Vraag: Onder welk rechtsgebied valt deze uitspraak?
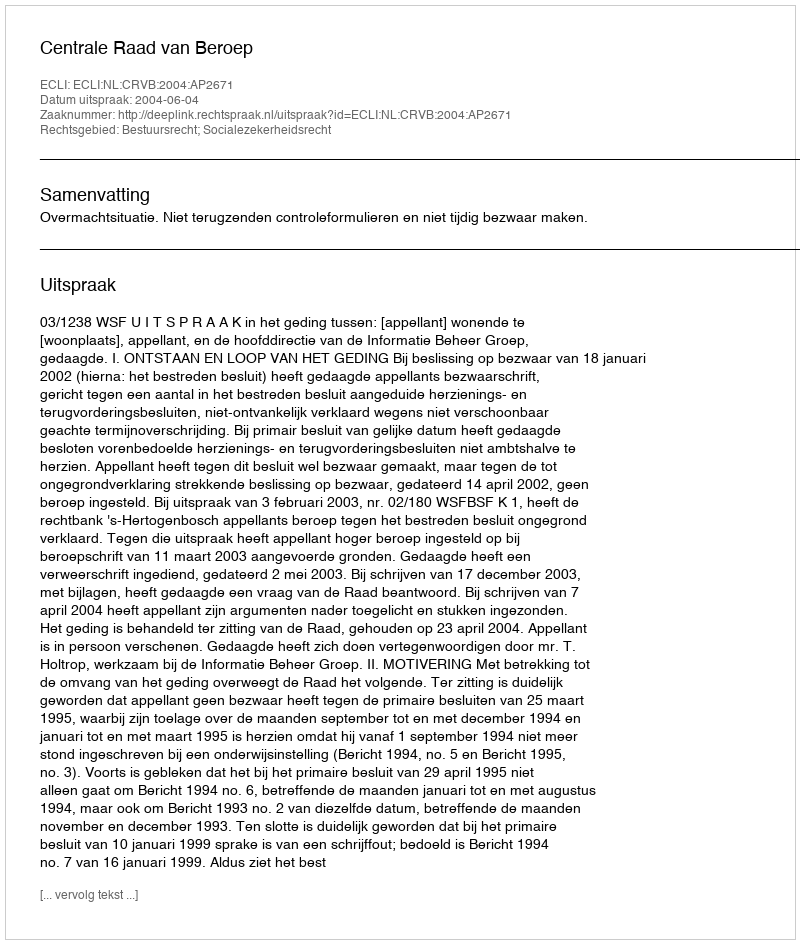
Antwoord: Bestuursrecht; Socialezekerheidsrecht